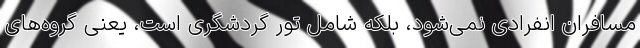
مسافران انفرادی نمی‌شود، بلکه شامل تور گردشگری است، یعنی گروه‌های